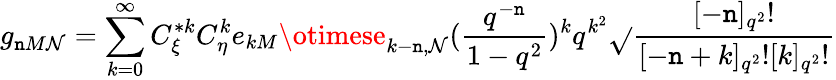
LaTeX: g_{\mathtt{n}M\mathcal{N}}=\sum_{k=0}^{\infty}C_{\xi}^{*k}C_{\eta}^{k}e_{kM}\otimese_{k-\mathtt{n},\mathcal{N}}(\frac{{q^{-\mathtt{n}}}}{{1-q^{2}}})^{k}q^{k^{2}}\sqrt{}{{\frac{{[-\mathtt{n}]_{q^{2}}!}}{{[-\mathtt{n}+k]_{q^{2}}![k]_{q^{2}}!}}}}